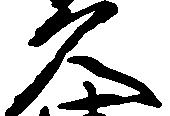
久